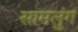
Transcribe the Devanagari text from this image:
सामलुंग